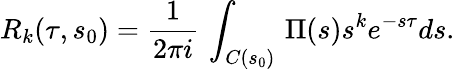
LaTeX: R_{k}(\tau,s_{0})=\frac{1}{2\pi i}\, \int_{C(s_{0})}\, \Pi(s)s^{k}e^{-s\tau}ds.